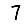
Digit: 7